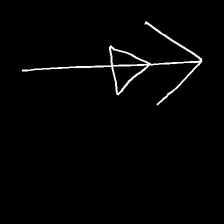
Glyph: pull